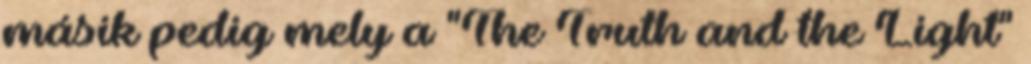
másik pedig mely a "The Truth and the Light"